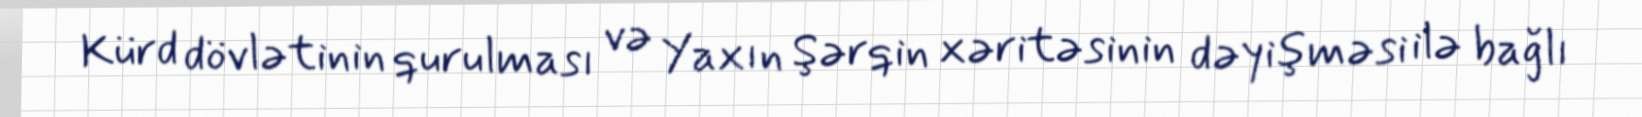
Kürd dövlətinin qurulması və Yaxın Şərqin xəritəsinin dəyişməsi ilə bağlı